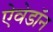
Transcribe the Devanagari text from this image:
ऐवेडॉन